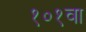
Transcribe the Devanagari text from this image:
१०१वा